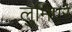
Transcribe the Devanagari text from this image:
लुमिएरे